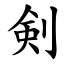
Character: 剣